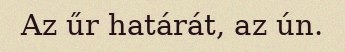
Az űr határát, az ún.